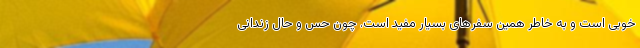
خوبی است و به خاطر همین سفرهای بسیار مفید است. چون حس و حال زندانی